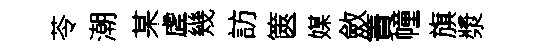
苓潮某虗幾訪篋媒斂簀幢旗漿